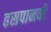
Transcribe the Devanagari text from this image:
हसपानवी